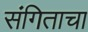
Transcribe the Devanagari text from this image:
संगिताचा